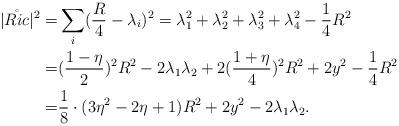
LaTeX: \begin{align*}|\mathring{Ric} |^2 =& \sum_i (\frac R4 - \lambda_i)^2 =\lambda_1^2 + \lambda_2^2 + \lambda_3^2 + \lambda_4^2- \frac 14 R^2\\=& (\frac {1-\eta}2 )^2 R^2 - 2 \lambda_1 \lambda_2 + 2 (\frac {1+\eta}4 )^2 R^2 + 2 y^2 - \frac 14 R^2\\=& \frac 18 \cdot ( 3\eta^2 -2\eta +1) R^2 + 2 y^2 - 2 \lambda_1 \lambda_2 . \\\end{align*}